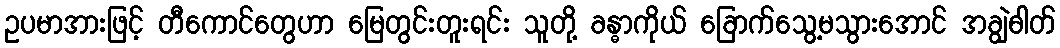
ဥပမာအားဖြင့် တီကောင်တွေဟာ မြေတွင်းတူးရင်း သူတို့ ခန္ဓာကိုယ် ခြောက်သွေ့မသွားအောင် အချွဲဓါတ်